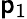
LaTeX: \mathsf{p}_{1}